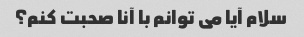
سلام آیا می توانم با آنا صحبت کنم؟